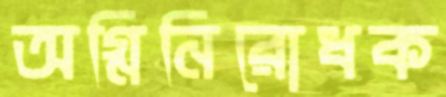
অগ্নিনিরোধক